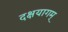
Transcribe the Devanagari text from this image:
दक्षयागम्